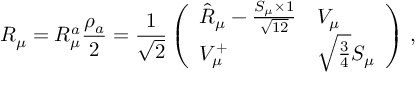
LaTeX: R _ { \mu } = R _ { \mu } ^ { a } { \frac { \rho _ { a } } { 2 } } = { \frac { 1 } { \sqrt { 2 } } } \left( \begin{array} { l l } { { \hat { R } _ { \mu } - { \frac { S _ { \mu } \times 1 } { \sqrt { 1 2 } } } } } & { { V _ { \mu } } } \\ { { V _ { \mu } ^ { + } } } & { { \sqrt { \frac { 3 } { 4 } } S _ { \mu } } } \end{array} \right) \, ,